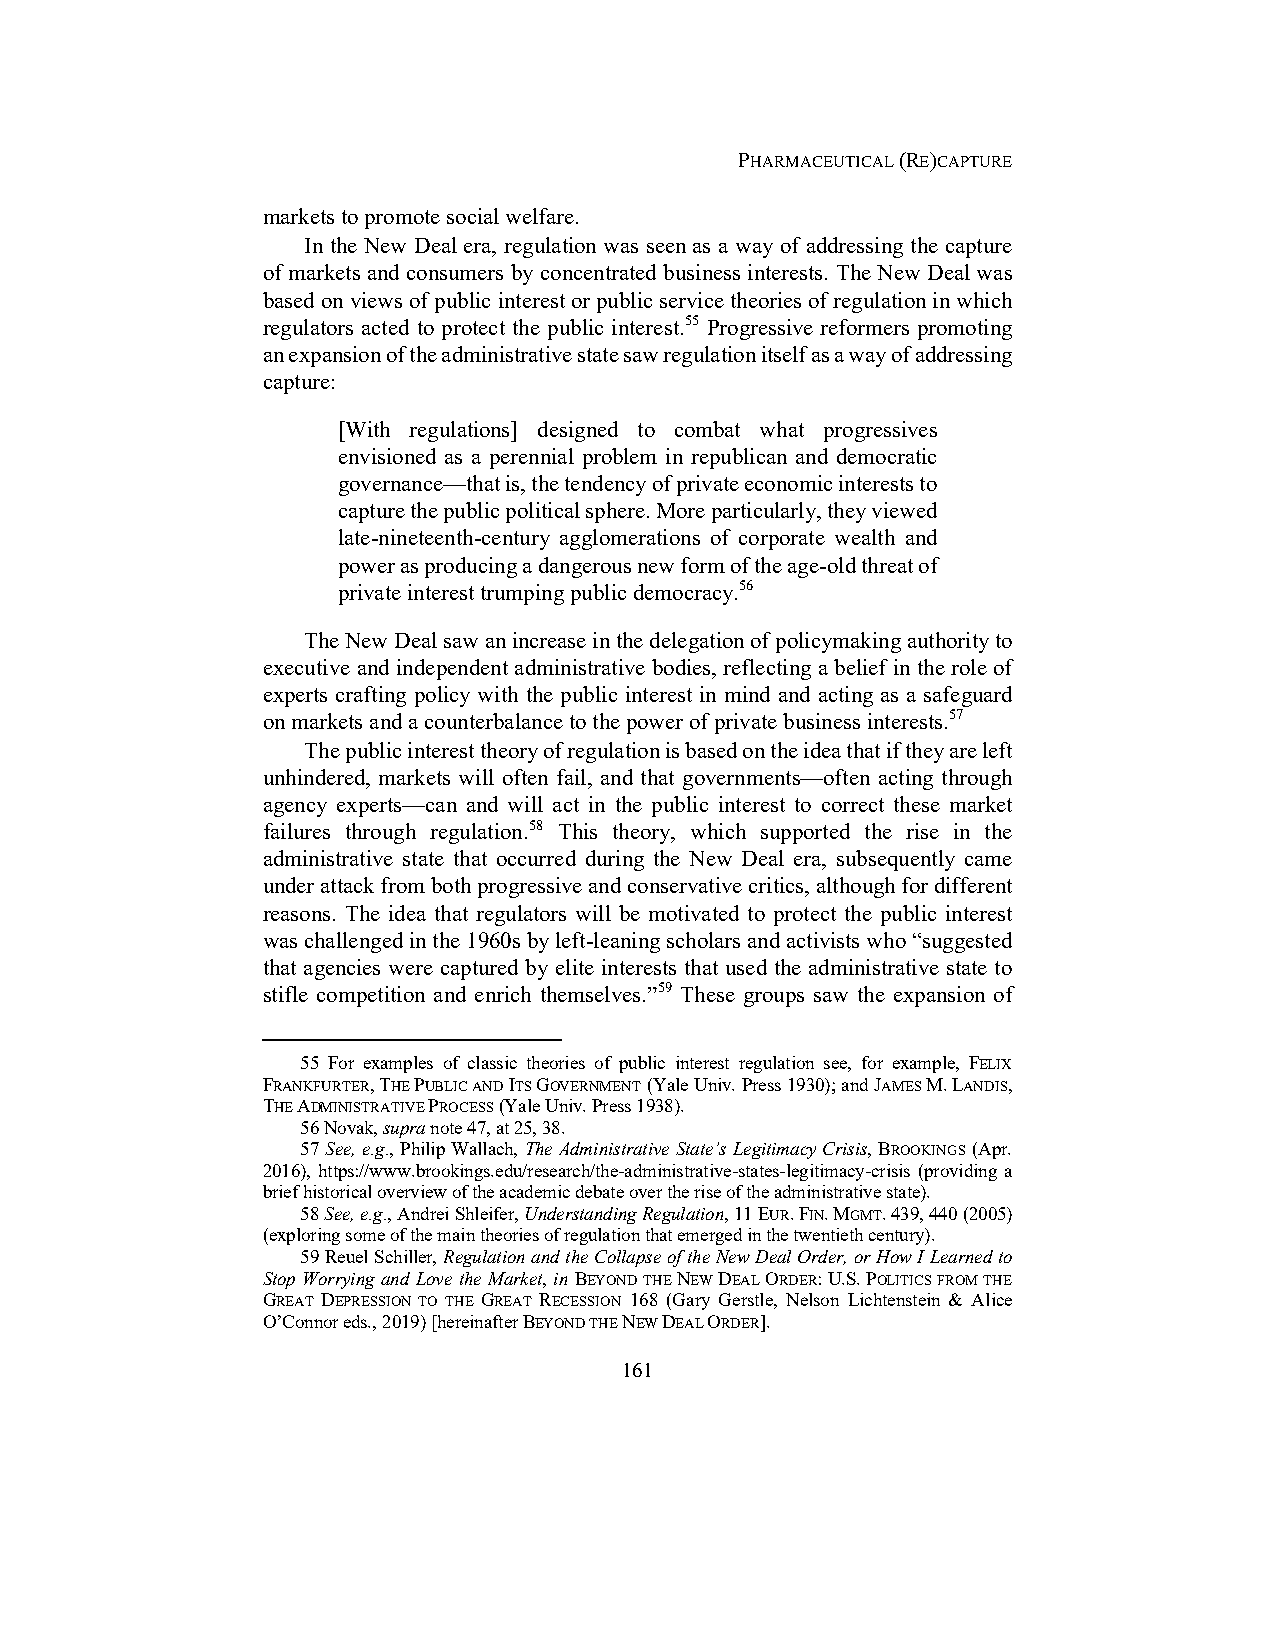
PHARMACEUTICAL (RE)CAPTURE
 markets to promote social welfare.
 In the New Deal era, regulation was seen as a way of addressing the capture
 of markets and consumers by concentrated business interests. The New Deal was
 based on views of public interest or public service theories of regulation in which
 regulators acted to protect the public interest.55 Progressive reformers promoting
 an expansion of the administrative state saw regulation itself as a way of addressing
 capture:
 [With regulations] designed to combat what progressives
 envisioned as a perennial problem in republican and democratic
 governance—that is, the tendency of private economic interests to
 capture the public political sphere. More particularly, they viewed
 late-nineteenth-century agglomerations of corporate wealth and
 power as producing a dangerous new form of the age-old threat of
 private interest trumping public democracy.56
 The New Deal saw an increase in the delegation of policymaking authority to
 executive and independent administrative bodies, reflecting a belief in the role of
 experts crafting policy with the public interest in mind and acting as a safeguard
 on markets and a counterbalance to the power of private business interests.57
 The public interest theory of regulation is based on the idea that if they are left
 unhindered, markets will often fail, and that governments—often acting through
 agency experts—can and will act in the public interest to correct these market
 failures through regulation.58 This theory, which supported the rise in the
 administrative state that occurred during the New Deal era, subsequently came
 under attack from both progressive and conservative critics, although for different
 reasons. The idea that regulators will be motivated to protect the public interest
 was challenged in the 1960s by left-leaning scholars and activists who “suggested
 that agencies were captured by elite interests that used the administrative state to
 stifle competition and enrich themselves.”59 These groups saw the expansion of
 55 For examples of classic theories of public interest regulation see, for example, FELIX
 FRANKFURTER, THE PUBLIC AND ITS GOVERNMENT (Yale Univ. Press 1930); and JAMES M. LANDIS,
 THE ADMINISTRATIVE PROCESS (Yale Univ. Press 1938).
 56 Novak, supra note 47, at 25, 38.
 57 See, e.g., Philip Wallach, The Administrative State’s Legitimacy Crisis, BROOKINGS (Apr.
 2016), https://www.brookings.edu/research/the-administrative-states-legitimacy-crisis (providing a
 brief historical overview of the academic debate over the rise of the administrative state).
 58 See, e.g., Andrei Shleifer, Understanding Regulation, 11 EUR. FIN. MGMT. 439, 440 (2005)
 (exploring some of the main theories of regulation that emerged in the twentieth century).
 59 Reuel Schiller, Regulation and the Collapse of the New Deal Order, or How I Learned to
 Stop Worrying and Love the Market, in BEYOND THE NEW DEAL ORDER: U.S. POLITICS FROM THE
 GREAT DEPRESSION TO THE GREAT RECESSION 168 (Gary Gerstle, Nelson Lichtenstein & Alice
 O’Connor eds., 2019) [hereinafter BEYOND THE NEW DEAL ORDER].
 161